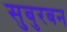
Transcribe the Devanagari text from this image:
सुबुरबन